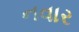
નવાર